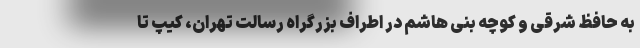
به حافظ شرقی و کوچه بنی هاشم در اطراف بزرگراه رسالت تهران، کیپ تا